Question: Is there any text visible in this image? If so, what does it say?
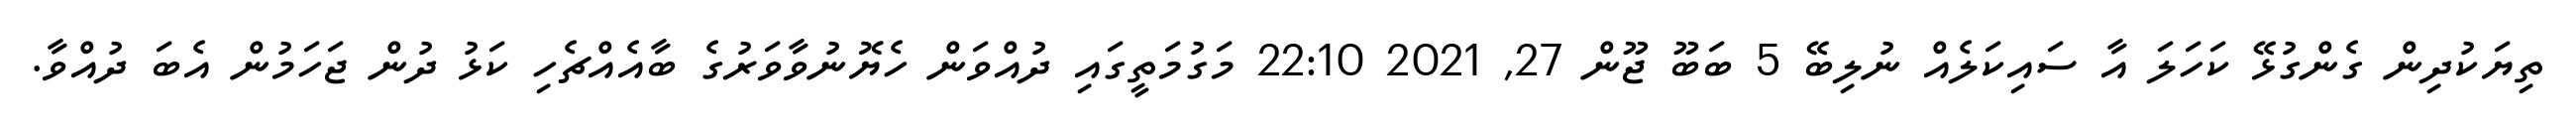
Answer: ތިޔަކުދިން ގެންގުޅޭ ކަހަލަ އާ ސައިކަލެއް ނުލިބޭ 5 ބަބޫ ޖޫން 27, 2021 22:10 މަގުމަތީގައި ދުއްވަން ހެޔޮނުވާވަރުގެ ބާއެއްޗެހި ކަޅު ދުން ޖަހަމުން އެބަ ދުއްވާ.